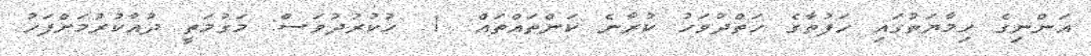
އަންނިގެ ހިމާޔަތުގައި ހަފުތާގެ ހަތްދުވަހު ކުރާނެ ކަންތައްތައް: 1. ހުކުރުދުވަސް: މަގުމަތީ ދުއާކުރުމަށްފަހު